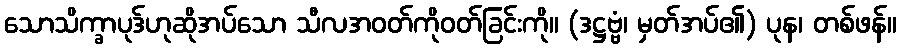
သောသိက္ခာပုဒ်ဟုဆိုအပ်သော သီလအဝတ်ကိုဝတ်ခြင်းကို။ (ဒဋ္ဌဗ္ဗံ၊ မှတ်အပ်၏) ပုန၊ တစ်ဖန်။